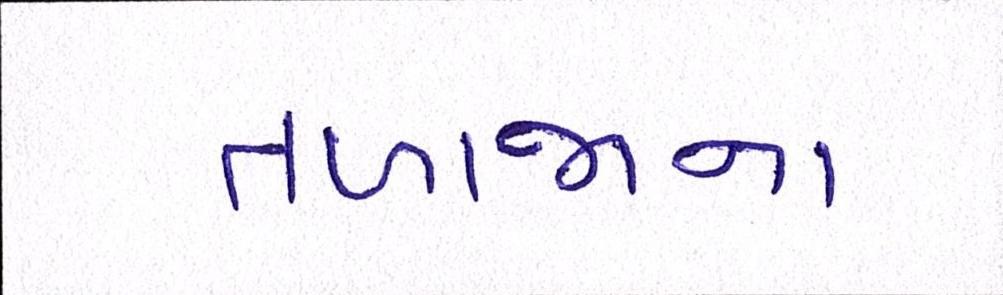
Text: તળાજાના